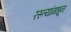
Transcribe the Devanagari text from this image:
रस्त्यांमधून